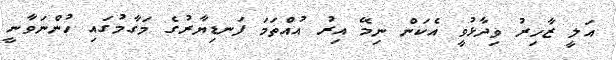
އަލީ ޒާހިރު ވިދާޅުވީ އެކަން ނިމޭ އިރު އުއްތަމަ ފަނޑިޔާރުގެ މަގާމުގައި ހުންނަވާނީ